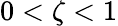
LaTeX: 0<\zeta<1